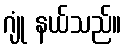
ဂျုံ နယ်သည်။